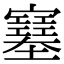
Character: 𡫼